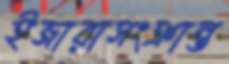
ইজারাসংক্রান্ত